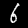
Digit: 6